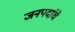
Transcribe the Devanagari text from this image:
जनपदांचे